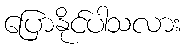
ပြောနိုင်ပါသလား